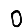
Digit: 0